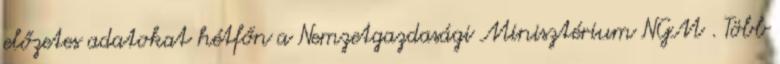
előzetes adatokat hétfőn a Nemzetgazdasági Minisztérium NGM . Több